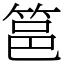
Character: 䇼